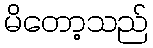
မိတော့သည်